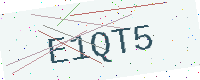
Text: E1QT5